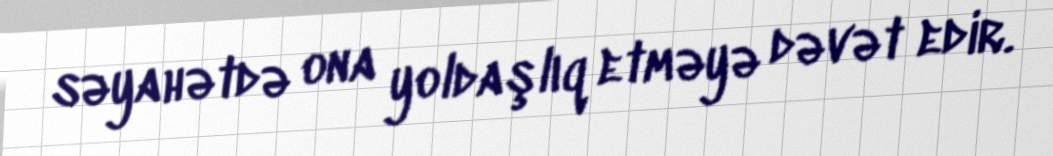
səyahətdə ona yoldaşlıq etməyə dəvət edir.